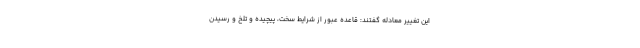
این تغییر معادله گفتند: قاعده عبور از شرایط سخت، پیچیده و تلخ و رسیدن